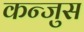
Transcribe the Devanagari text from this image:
कन्जुस